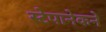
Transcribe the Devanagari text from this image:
स्टेपानेकने